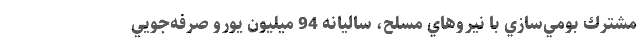
مشترك بومي‌سازي با نيروهاي مسلح، ساليانه 94 ميليون يورو صرفه‌جويي